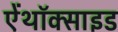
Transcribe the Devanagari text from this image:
ऐंथॉक्साइड